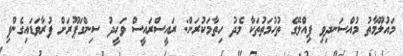
މައުލޫމާތު މުއްސަނދިވި ޕިއްލޭގެ ތުހުމަތުތަކާ މެދު ހިތާމަކުރަން: ރައީސްރައީސް ވަހީދު ސިންގަޕޫރަށް ފުރާވަޑައިގެންފި